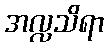
အလ္လသိရာ